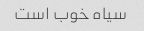
سیاه خوب است